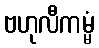
ဗဟုလီကမ္မံ